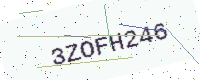
Text: 3ZOFH246